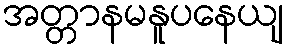
အတ္တာနမနူပနေယျ